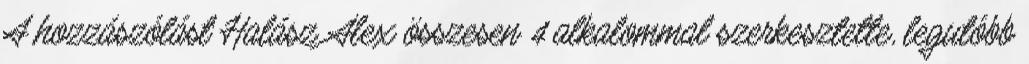
A hozzászólást Halász Alex összesen 4 alkalommal szerkesztette, legutóbb